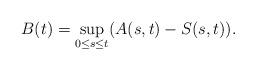
LaTeX: \begin{align*}B(t) = \sup_{0\le{s}\le{t}}({A}(s,t)-{S}(s,t)). \end{align*}